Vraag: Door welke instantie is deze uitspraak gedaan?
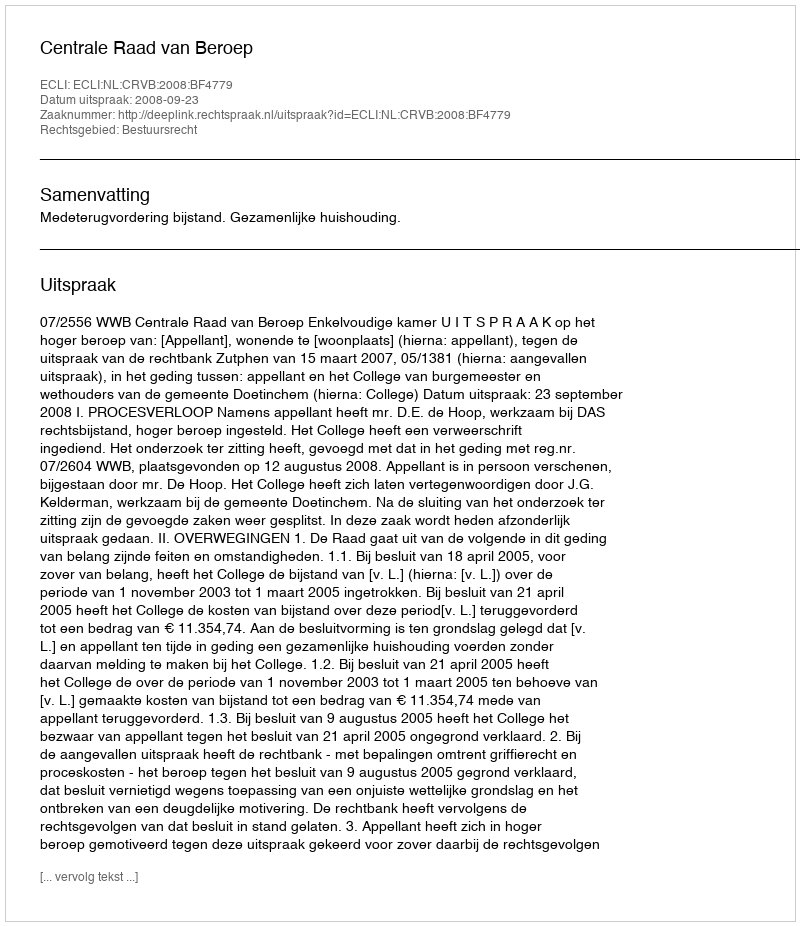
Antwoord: Centrale Raad van Beroep